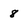
Character: 8